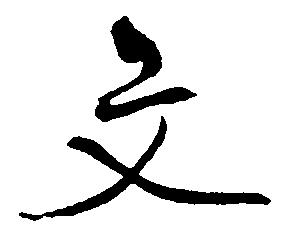
文